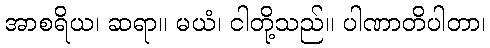
အာစရိယ၊ ဆရာ။ မယံ၊ ငါတို့သည်။ ပါဏာတိပါတာ၊